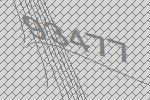
93477